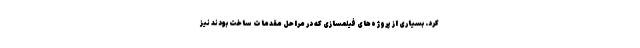
کرد. بسیاری از پروژه‌های فیلمسازی که در مراحل مقدمات ساخت بودند نیز